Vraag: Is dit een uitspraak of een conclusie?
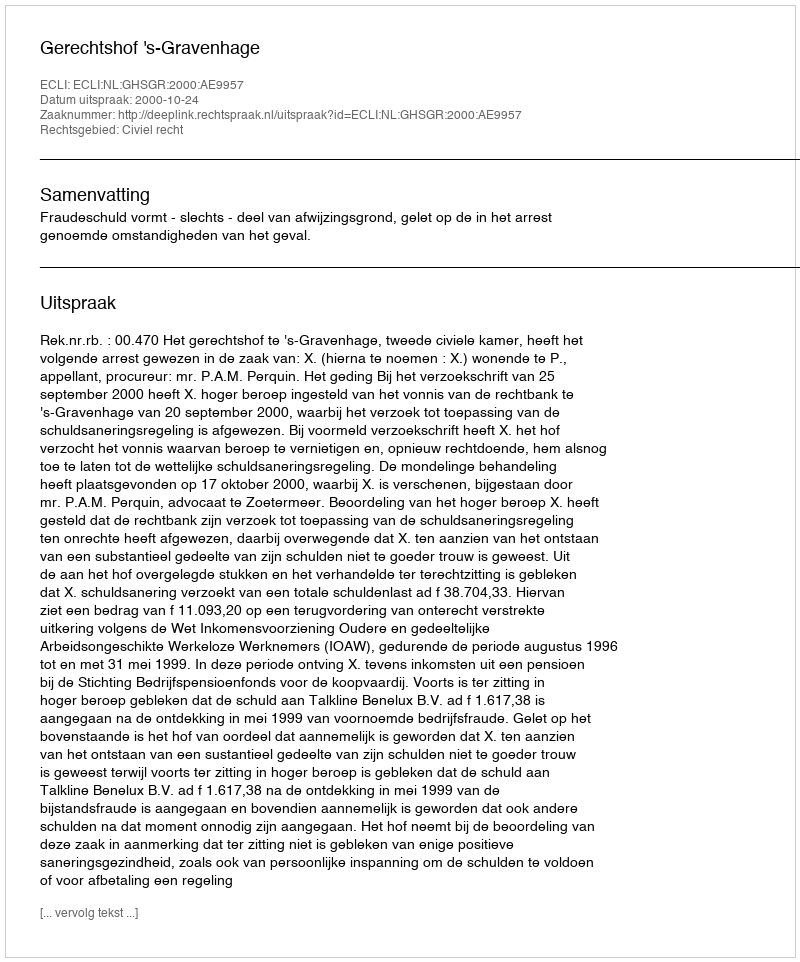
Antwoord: Uitspraak